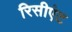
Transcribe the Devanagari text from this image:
रिसीएंट